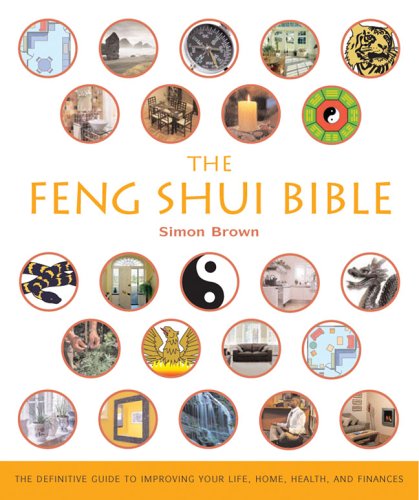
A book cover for The Feng Shui Bible: The Definitive Guide to Improving Your Life, Home, Health, and Finances; Simon G. Brown; Religion & Spirituality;